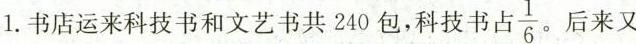
1.书店运来科技书和文艺书共240包，科技书占\frac{1}{6}后来又